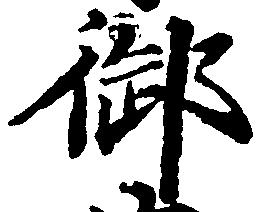
御